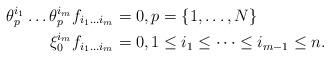
LaTeX: \begin{align*}\theta_{p}^{i_1}\dots \theta_{p}^{i_m} f_{i_1\dots i_m}&=0, p=\{1, \dots, N \}\\\xi_{0}^{i_m} f_{i_1\dots i_m}&=0, 1\leq i_1\leq\dots \leq i_{m-1}\leq n. \end{align*}